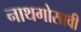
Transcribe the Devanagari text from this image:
नाथगोसावी